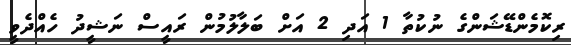
ރިކޮމެންޑޭޝަންގެ ނުކުތާ 1 އަދި 2 އަށް ބަލާލުމުން ރައީސް ނަޝީދު ހެއްދެވީ